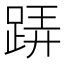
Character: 𨁦